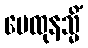
မေထုနသ္မိံ